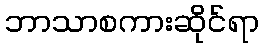
ဘာသာစကားဆိုင်ရာ